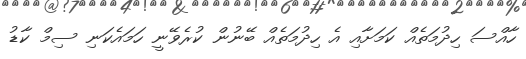
ހާއްސަ ހިދުމަތެއް ކަމަށާއި އެ ހިދުމަތެއް ބޭނުން ކުރެވޭނީ ހަމައެކަނި ސިމް ކާޑު